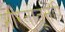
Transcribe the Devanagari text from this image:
भारतातूनही